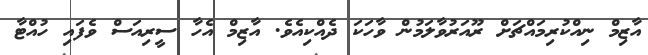
އާޒިމް ނިއްކުރިމައްޗަށް ރޫއަރުވާލަމުން ވާހަކަ ދެއްކިއެވެ. އާޒިމް އެހާ ސީރިއަސް ވެފައި ހުއްޓާ